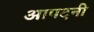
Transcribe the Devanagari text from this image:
आपदनी